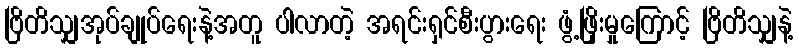
ဗြိတိသျှအုပ်ချုပ်ရေးနဲ့အတူ ပါလာတဲ့ အရင်းရှင်စီးပွားရေး ဖွံ့ဖြိုးမှုကြောင့် ဗြိတိသျှနဲ့